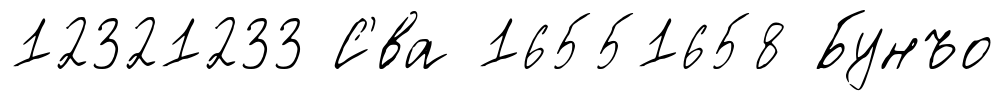
12321233 С'́ва 16551658 Бунъо